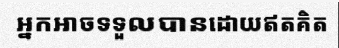
អ្នកអាចទទួលបានដោយឥតគិត